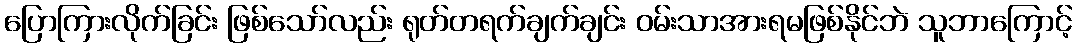
ပြောကြားလိုက်ခြင်း ဖြစ်သော်လည်း ရုတ်တရက်ချက်ချင်း ဝမ်းသာအားရမဖြစ်နိုင်ဘဲ သူဘာကြောင့်